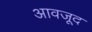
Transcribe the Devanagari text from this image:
आवजूद